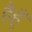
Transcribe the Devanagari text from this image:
हैहूँ